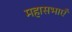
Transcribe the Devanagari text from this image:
महासभाएँ